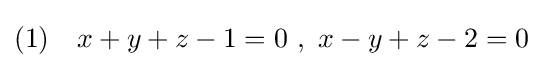
(1)\quad x+y+z-1=0\ ,\ x-y+z-2=0